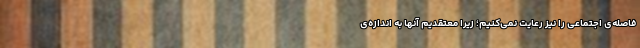
فاصله‌ی اجتماعی را نیز رعایت نمی‌کنیم؛ زیرا معتقدیم آنها به اندازه‌ی